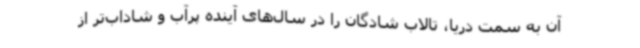
آن به سمت دریا، تالاب شادگان را در سال‌های آینده پرآب و شاداب‌تر از